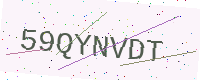
Text: 59QYNVDT